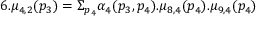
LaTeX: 6 . \mu _ { 4 , 2 } ( p _ { 3 } ) = \Sigma _ { p _ { 4 } } \alpha _ { 4 } ( p _ { 3 } , p _ { 4 } ) . \mu _ { 8 , 4 } ( p _ { 4 } ) . \mu _ { 9 , 4 } ( p _ { 4 } )